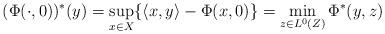
LaTeX: \begin{align*}(\Phi(\cdot,0))^\ast (y)=\sup_{x\in X}\{\langle x,y\rangle - \Phi(x,0)\}=\min_{z\in L^0(Z)} \Phi^\ast(y,z)\end{align*}